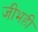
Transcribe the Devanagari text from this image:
जीभही